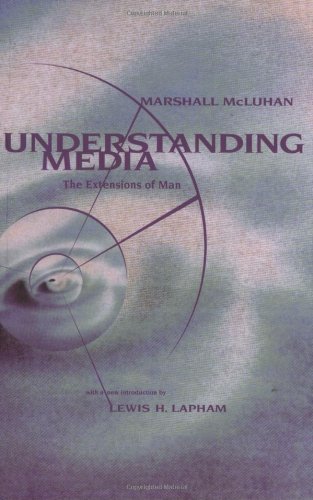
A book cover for Understanding Media: The Extensions of Man; Marshall McLuhan; Reference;